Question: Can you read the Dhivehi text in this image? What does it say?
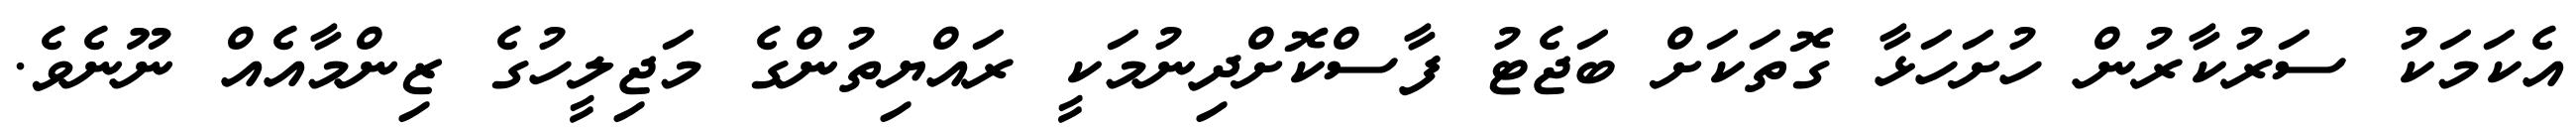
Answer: އެކަމަކު ސަރުކާރުން ހުށަހަޅާ ގޮތަކަށް ބަޖެޓު ފާސްކޮށްދިނުމަކީ ރައްޔިތުންގެ މަޖިލީހުގެ ޒިންމާއެއް ނޫނެވެ.